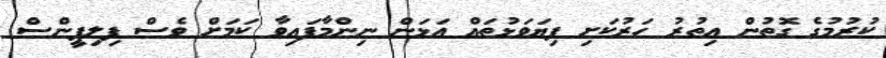
ކުރުމުގެ ގޮތުން އިތުރު ހަރުކަށި ފިޔަވަޅުތައް އަޅަން ނިންމާފައިވާ ކަމަށް ވެސް ފިލިޕީންސް